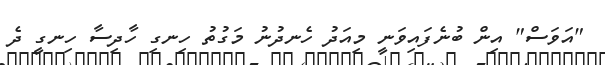
"އަވަސް" އިން ބުނެފައިވަނީ މިއަދު ހެނދުނު މަގުތު ހިނގި ހާދިސާ ހިނގީ ދެ